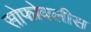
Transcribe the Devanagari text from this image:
सोफोक्लीस